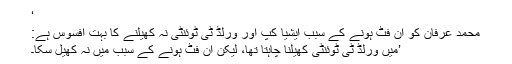
‘
محمد عرفان کو ان فٹ ہونے کے سبب ایشیا کپ اور ورلڈ ٹی ٹوئنٹی نہ کھیلنے کا بہت افسوس ہے:
’میں ورلڈ ٹی ٹوئنٹی کھیلنا چاہتا تھا، لیکن ان فٹ ہونے کے سبب میں نہ کھیل سکا۔